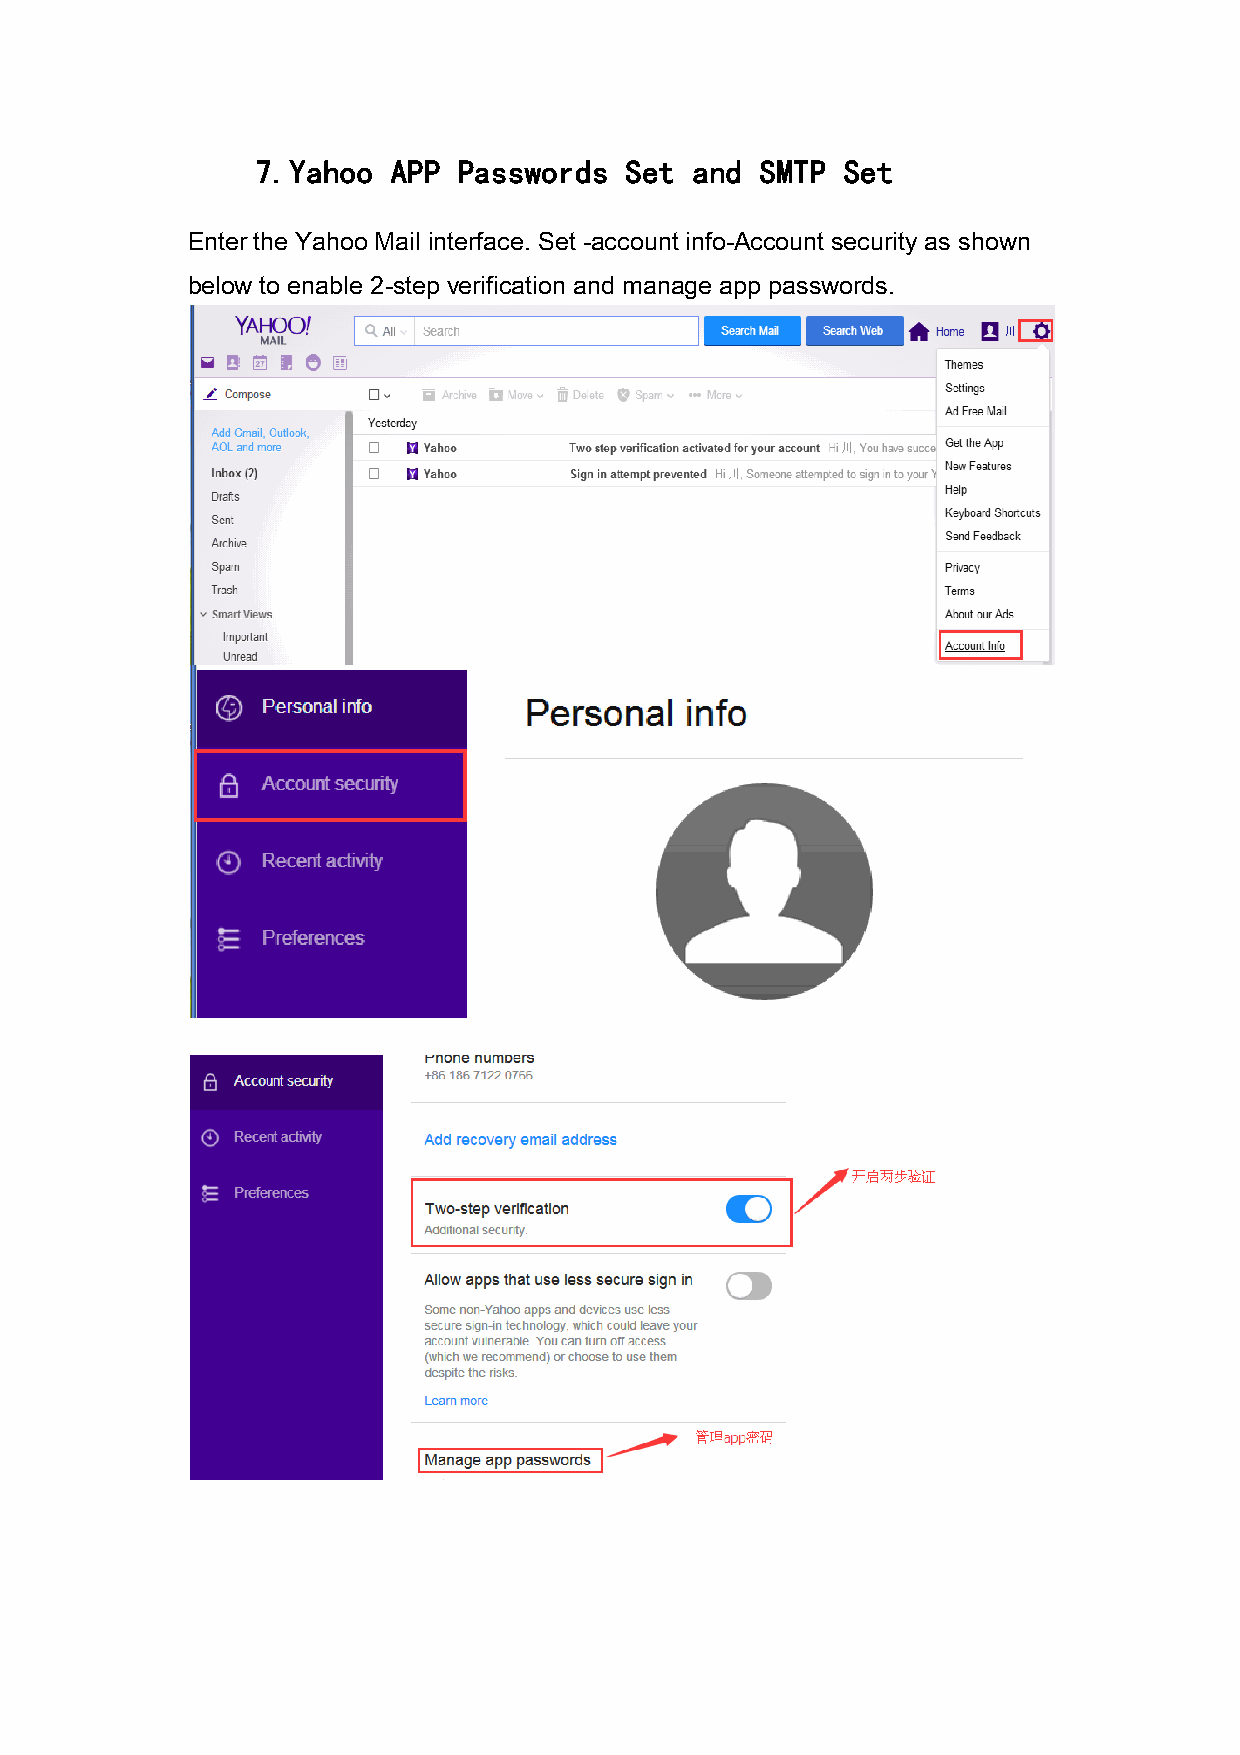
7.Yahoo  APP Passwords  Set  and SMTP  Set
 Enter the Yahoo Mail interface. Set -account info-Account security as shown
 below to enable 2-step verification and manage app passwords.